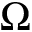
\Omega